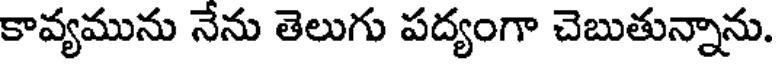
కావ్యమును నేను తెలుగు పద్యంగా చెబుతున్నాను.